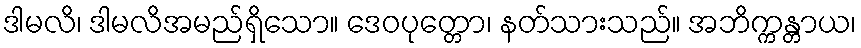
ဒါမလိ၊ ဒါမလိအမည်ရှိသော။ ဒေဝပုတ္တော၊ နတ်သားသည်။ အဘိက္ကန္တာယ၊